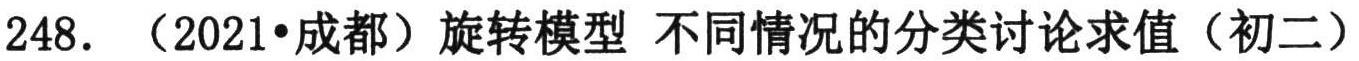
248. （2021•成都）旋转模型 不同情况的分类讨论求值（初二）